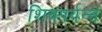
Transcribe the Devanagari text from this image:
शिवपर्यन्त